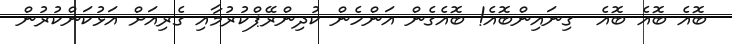
ބޮއެ ބޮއެ ބޮއެ  ގިނައިންބޮއެ! ބޮއެގެން އަންހެން ކުދިންރޭޕްކުރުމާއި ގެރިއަށް އަޅުކަންކުރުން